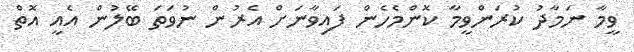
ވީމާ ނަމާދު ކުރަންވީމާ ކޮންމެހެން ފައިވާނަށް އެރުން ނުވަތަ ބޭލުން އެއީ އޮތް